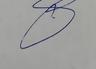
Signature authenticity: genuine